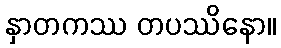
နှာတကဿ တပဿိနော။